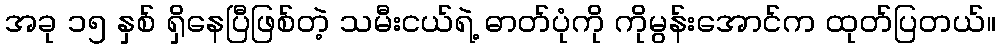
အခု ၁၅ နှစ် ရှိနေပြီဖြစ်တဲ့ သမီးငယ်ရဲ့ ဓာတ်ပုံကို ကိုမွန်းအောင်က ထုတ်ပြတယ်။